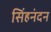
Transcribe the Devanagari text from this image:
सिंहनंदन